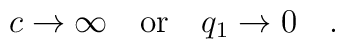
c\rightarrow \infty \quad \mbox{or} \quad q_1\rightarrow 0 \quad .